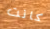
كانت